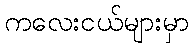
ကလေးငယ်များမှာ